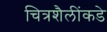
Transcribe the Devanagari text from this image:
चित्रशैलींकडे